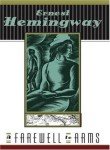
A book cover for A Farewell To Arms; Ernest Hemingway; Literature & Fiction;